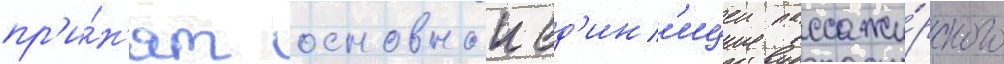
пр'и́н'ят основнои ед'ин'ицеи пассажи́рского